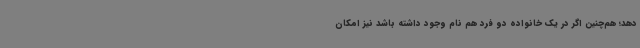
دهد؛ هم‌چنین اگر در یک خانواده دو فرد هم نام وجود داشته باشد نیز امکان